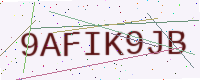
Text: 9AFIK9JB